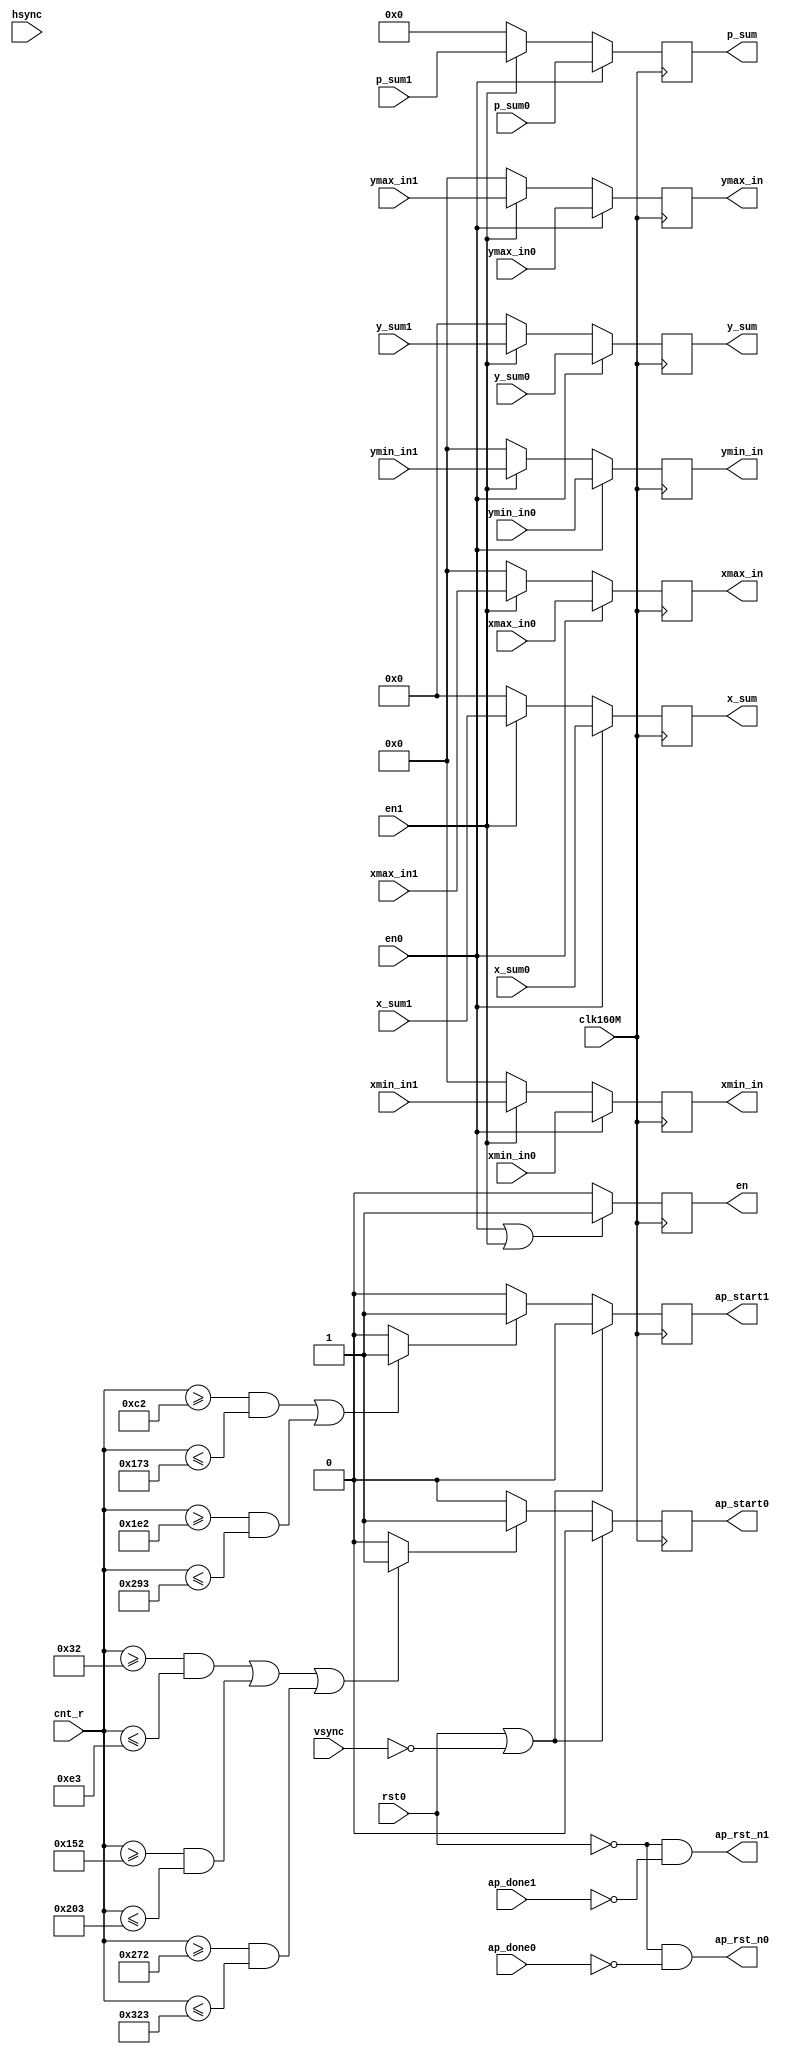
module centroid_ctrl(
	input        clk160M  ,
	input        rst0     ,
	input        hsync    ,
	input        vsync    ,
	input  [9:0] cnt_r    ,
	input        ap_done0 ,
	input        ap_done1 ,
	output       ap_rst_n0,
	output reg   ap_start0,
	output       ap_rst_n1,
	output reg   ap_start1,
	
	input             en0     ,
	input      [19:0] p_sum0  ,
	input      [31:0] x_sum0  ,
	input      [31:0] y_sum0  ,
	input      [9 :0] xmin_in0,
	input      [9 :0] ymin_in0,
	input      [9 :0] xmax_in0,
	input      [9 :0] ymax_in0,
	input             en1     ,
	input      [19:0] p_sum1  ,
	input      [31:0] x_sum1  ,
	input      [31:0] y_sum1  ,
	input      [9 :0] xmin_in1,
	input      [9 :0] ymin_in1,
	input      [9 :0] xmax_in1,
	input      [9 :0] ymax_in1,
	output reg        en      ,
	output reg [19:0] p_sum   ,
	output reg [31:0] x_sum   ,
	output reg [31:0] y_sum   ,
	output reg [9 :0] xmin_in ,
	output reg [9 :0] ymin_in ,
	output reg [9 :0] xmax_in ,
	output reg [9 :0] ymax_in 
);
// ----------------------- process image 0
//wire        ap_done0;
assign ap_rst_n0    = ~rst0 && ~ap_done0;
wire start_flag0;
//assign start_flag0 = ((cnt_r>=20 && cnt_r<=197) || (cnt_r>=360 && cnt_r<=537) || (cnt_r>=700 && cnt_r<=877)) ? 1 :0;
assign start_flag0 = ((cnt_r>=50 && cnt_r<=227) || (cnt_r>=338 && cnt_r<=515) || (cnt_r>=626 && cnt_r<=803)) ? 1 :0;
always @(posedge clk160M) begin
    if(rst0 || vsync==0) begin
        ap_start0 <= 0;
    end
    else if(start_flag0 == 1)begin
        ap_start0 <= 1;
    end
    else begin
        ap_start0 <= 0;
    end
end
// ----------------------- process image 1
assign ap_rst_n1    = ~rst0 && ~ap_done1;
wire start_flag1;
//assign start_flag1 = ((cnt_r>=190 && cnt_r<=367) || (cnt_r>=530 && cnt_r<=707)) ? 1 :0;
assign start_flag1 = ((cnt_r>=194 && cnt_r<=371) || (cnt_r>=482 && cnt_r<=659)) ? 1 :0;
always @(posedge clk160M) begin
    if(rst0 || vsync==0) begin
        ap_start1 <= 0;
    end
    else if(start_flag1 == 1)begin
        ap_start1 <= 1;
    end
    else begin
        ap_start1 <= 0;
    end
end

always @(posedge clk160M) begin
	if(en0 || en1) begin
		en <= 1'b1;
	end else begin
		en <= 1'b0;
	end
	
	if(en0) begin
		p_sum   <= p_sum0   ;
		x_sum   <= x_sum0   ;
		y_sum   <= y_sum0   ;
		xmin_in <= xmin_in0 ;
		ymin_in <= ymin_in0 ;
		xmax_in <= xmax_in0 ;
		ymax_in <= ymax_in0 ;
	end else if(en1) begin
		p_sum   <= p_sum1   ;
		x_sum   <= x_sum1   ;
		y_sum   <= y_sum1   ;
		xmin_in <= xmin_in1 ;
		ymin_in <= ymin_in1 ;
		xmax_in <= xmax_in1 ;
		ymax_in <= ymax_in1 ;
	end else begin
		p_sum   <= 0 ;
		x_sum   <= 0 ;
		y_sum   <= 0 ;
		xmin_in <= 0 ;
		ymin_in <= 0 ;
		xmax_in <= 0 ;
		ymax_in <= 0 ;
	end
end

endmodule